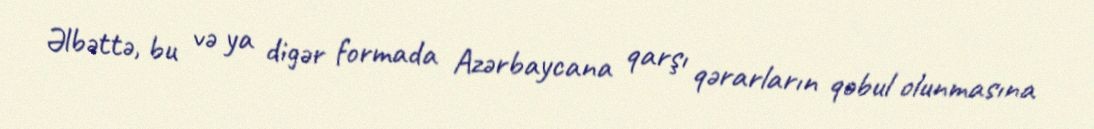
Əlbəttə, bu və ya digər formada Azərbaycana qarşı qərarların qəbul olunmasına